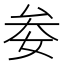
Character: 𡜀